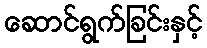
ဆောင်ရွက်ခြင်းနှင့်